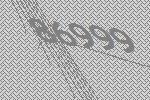
86999